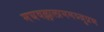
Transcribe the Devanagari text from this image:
मघवल्लालाममञ्जुप्रभ